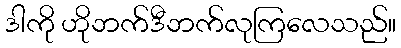
ဒါကို ဟိုဘက်ဒီဘက်လုကြလေသည်။